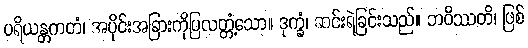
ပရိယန္တကတံ၊ အပိုင်းအခြားကိုပြလတ္တံ့သော။ ဒုက္ခံ၊ ဆင်းရဲခြင်းသည်။ ဘဝိဿတိ၊ ဖြစ်